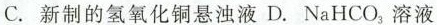
C.新制的氢氧化铜悬浊液D.NaHCO_{3}，溶液